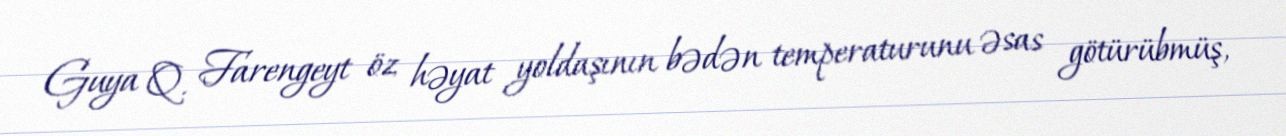
Guya Q. Farengeyt öz həyat yoldaşının bədən temperaturunu əsas götürübmüş,